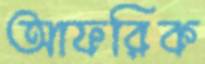
আফরিক